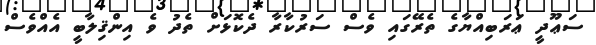
ސަޢޫދީ ޢަރަބިއްޔާގެ ތެރޭގައި ވެސް ސަރުކާރާ ދެކޮޅަށް ތެދު ވެ އިންޤިލާބީ އެއްވެސް